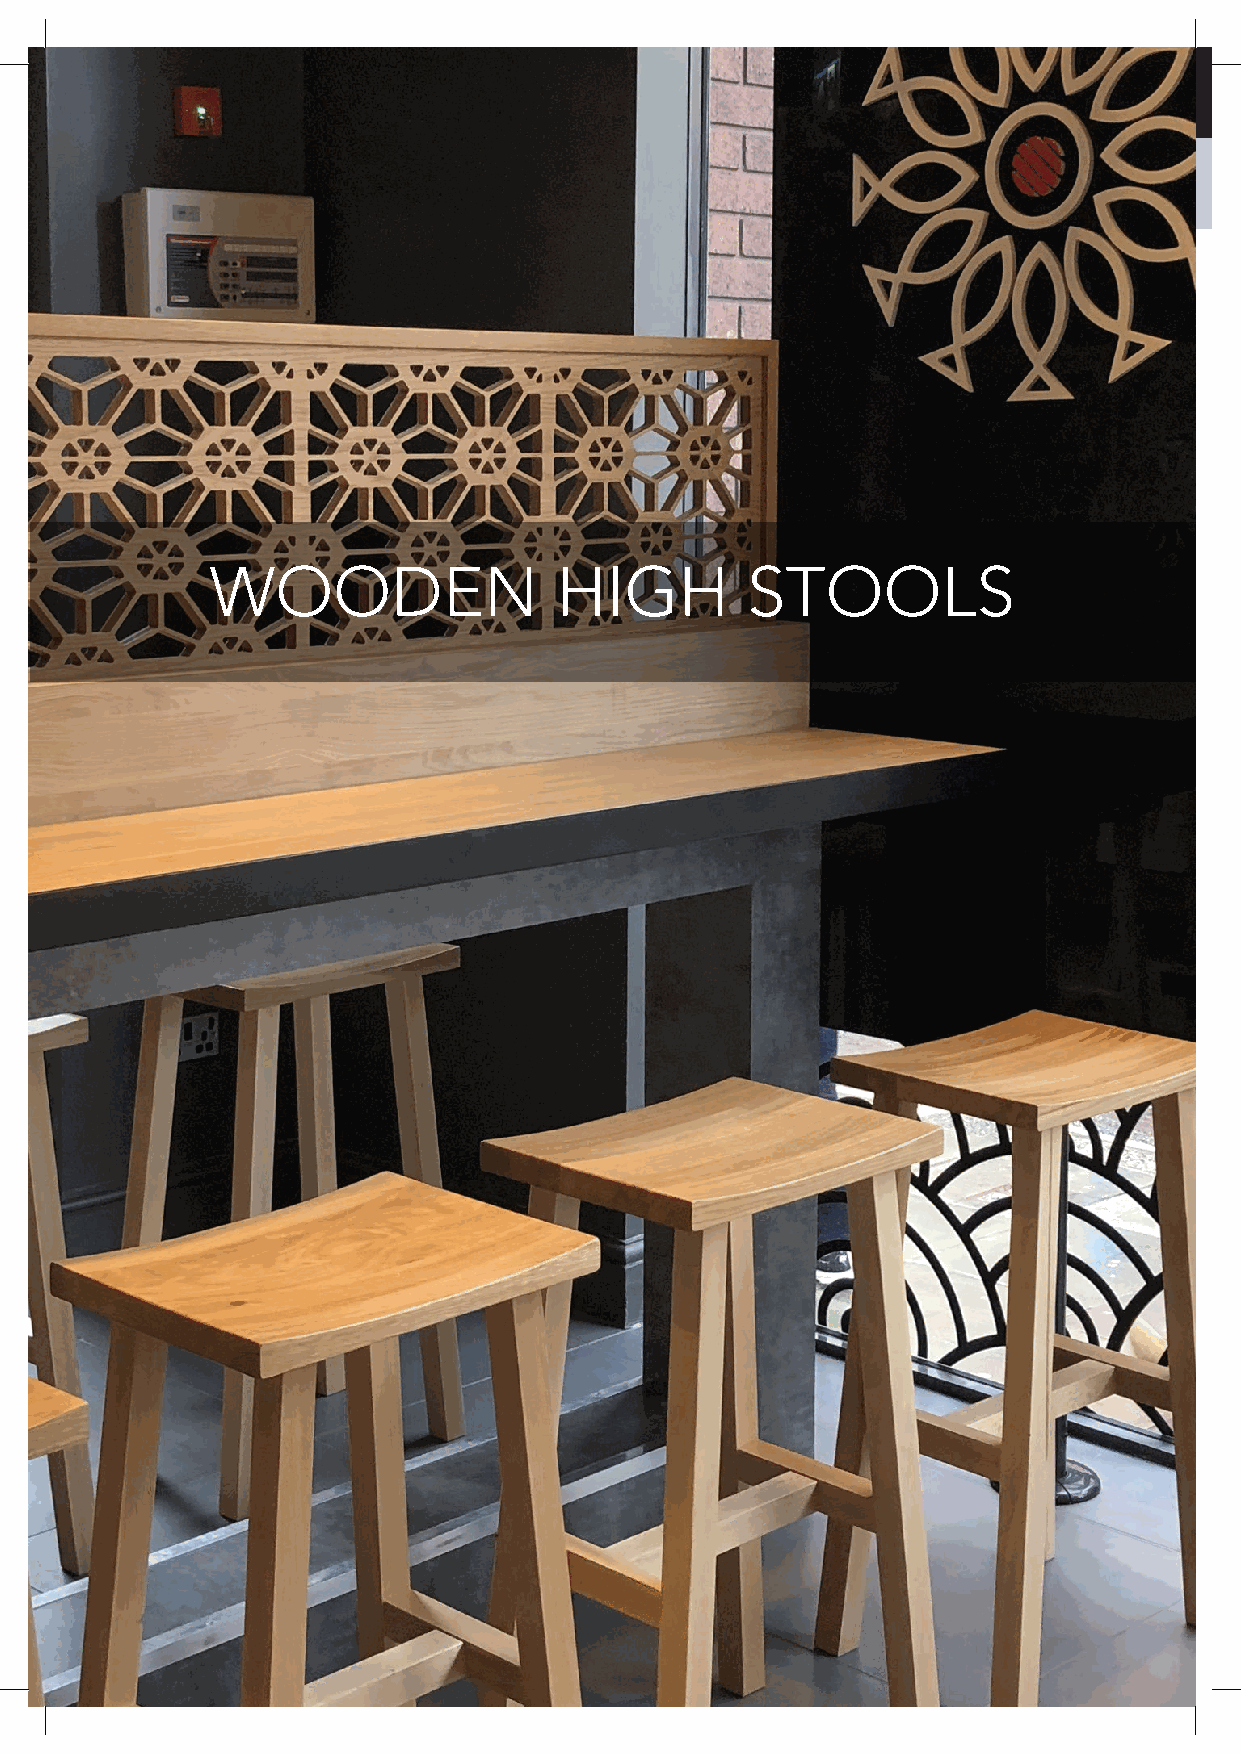
WOODEN                 HIGH        STOOLS
 130 All items available in a range of colours, including customers own materials. Items also available in frame only.
 SRIAHC
 HGIH
 SLOOTS
 &